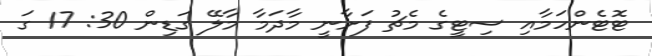
ޓޮޓެންހަމާއި ސިޓީގެ މެޗު ފަށާނީ މާދަމާ މާލޭ ގަޑިން 30: 17 ގަ